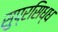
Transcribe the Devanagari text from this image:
सुप्रसिध्‍ध